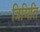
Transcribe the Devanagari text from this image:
त्रिमिति